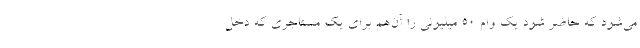
می‌شود که حاضر شود یک وام ۵۰ میلیونی را آن‌هم برای یک مستاجری که دخل